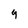
Character: 9